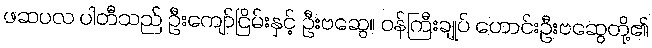
ဖဆပလ ပါတီသည် ဦးကျော်ငြိမ်းနှင့် ဦးဗဆွေ၊၊ ဝန်ကြီးချုပ် ဟောင်းဦးဗဆွေတို့၏